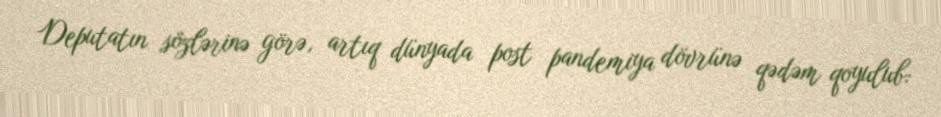
Deputatın sözlərinə görə, artıq dünyada post pandemiya dövrünə qədəm qoyulub: